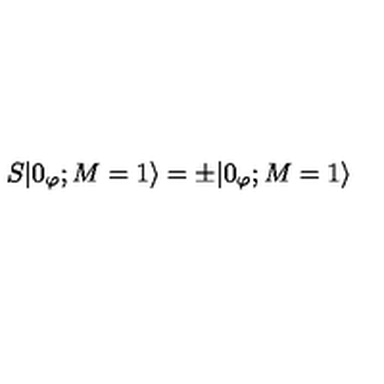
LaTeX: S | 0 _ { \varphi } ; M = 1 \rangle = \pm | 0 _ { \varphi } ; M = 1 \rangle